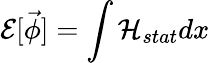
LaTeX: {\cal E}[\vec{\phi}]=\int{\cal H}_{stat}dx